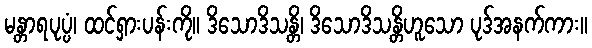
မန္တာရပုပ္ပံ၊ ထင်ရှားပန်းကို။ ဒိသောဒိသန္တိ၊ ဒိသောဒိသန္တိဟူသော ပုဒ်အနက်ကား။